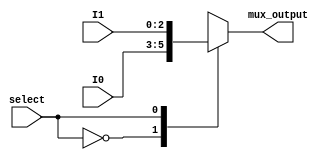
module Mux_2x1 (select, I0, I1, mux_output);
	
	
	
	input select;
	input  [2:0] I0, I1;
	output reg [2:0] mux_output;
	
	always @(*)
		begin
			case (select)
				
				0:	mux_output = I0;
				1:	mux_output = I1;
			
			endcase
		end
endmodule